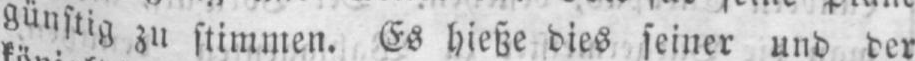
günstig zu stimmen. Es hieße dies seiner und der